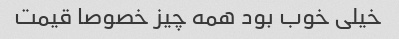
خیلی خوب بود همه چیز خصوصا قیمت